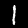
Label: 1